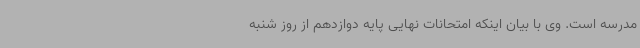
مدرسه است. وی با بیان اینکه امتحانات نهایی پایه دوازدهم از روز شنبه